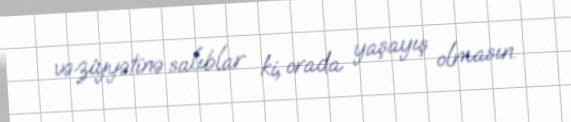
vəziyyətinə salıblar ki, orada yaşayış olmasın.